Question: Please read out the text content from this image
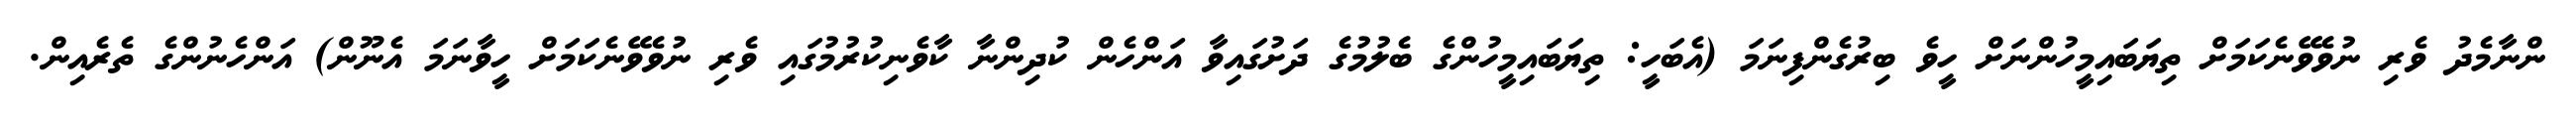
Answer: ންނާމެދު ވެރި ނުވެވޭނެކަމަށް ތިޔަބައިމީހުންނަށް ހީވެ ބިރުގެންފިނަމަ (އެބަހީ: ތިޔަބައިމީހުންގެ ބެލުމުގެ ދަށުގައިވާ އަންހެން ކުދިންނާ ކާވެނިކުރުމުގައި ވެރި ނުވެވޭނެކަމަށް ހީވާނަމަ އެނޫން) އަންހެނުންގެ ތެރެއިން.